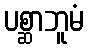
ပစ္ဆာဘူမံ